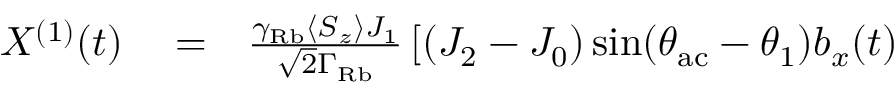
\begin{array} { r l r } { X ^ { ( 1 ) } ( t ) } & { { } = } & { \frac { \gamma _ { \mathrm { R b } } \langle S _ { z } \rangle J _ { 1 } } { \sqrt { 2 } \Gamma _ { \mathrm { R b } } } \left[ ( J _ { 2 } - J _ { 0 } ) \sin ( \theta _ { \mathrm { a c } } - \theta _ { 1 } ) b _ { x } ( t ) \right. } \end{array}